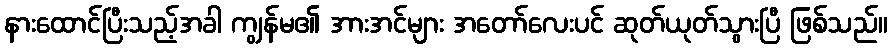
နားထောင်ပြီးသည့်အခါ ကျွန်မ၏ အားအင်များ အတော်လေးပင် ဆုတ်ယုတ်သွားပြီ ဖြစ်သည်။